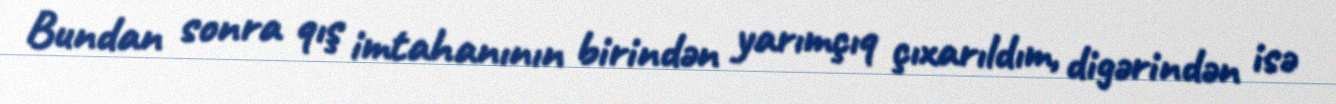
Bundan sonra qış imtahanının birindən yarımçıq çıxarıldım, digərindən isə